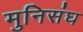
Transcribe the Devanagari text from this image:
मुनिसंघ